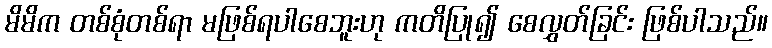
မိမိက တစ်စုံတစ်ရာ မဖြစ်ရပါစေဘူးဟု ကတိပြု၍ စေလွှတ်ခြင်း ဖြစ်ပါသည်။